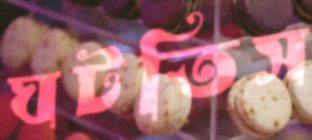
ঘটতিস